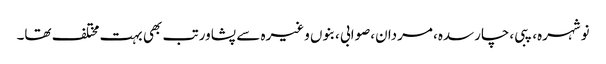
نوشہرہ، پبی،چارسدہ، مردان،صوابی ،بنوں وغیرہ سے پشاور تب بھی بہت مختلف تھا۔